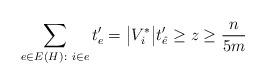
LaTeX: \begin{align*}\sum_{e\in E(H)\colon i\in e}t'_{e}=\big|V^*_i\big|t'_{\hat e}\ge z\ge\frac{n}{5m}\end{align*}